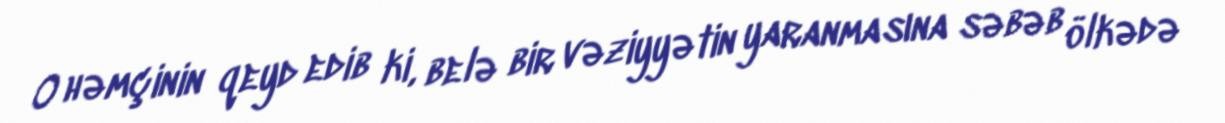
O həmçinin qeyd edib ki, belə bir vəziyyətin yaranmasına səbəb ölkədə